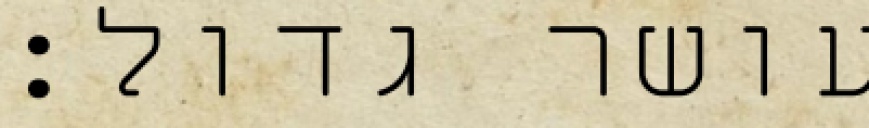
עושר גדול: